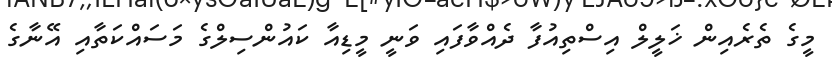
މީގެ ތެރެއިން ޚަލީލް އިސްތިއުފާ ދެއްވާފައި ވަނީ މީޑިއާ ކައުންސިލްގެ މަސައްކަތާއި އޭނާގެ